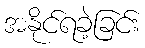
အနိုင်ရခဲ့ခြင်း